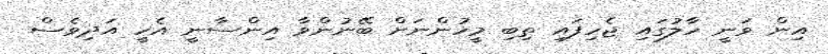
އިން ވަނީ ހާލުގައި ޖެހިފައި ތިބި މީހުންނަށް ބޭނުންވާ އިންސާނީ އެހީ އަދިވެސް